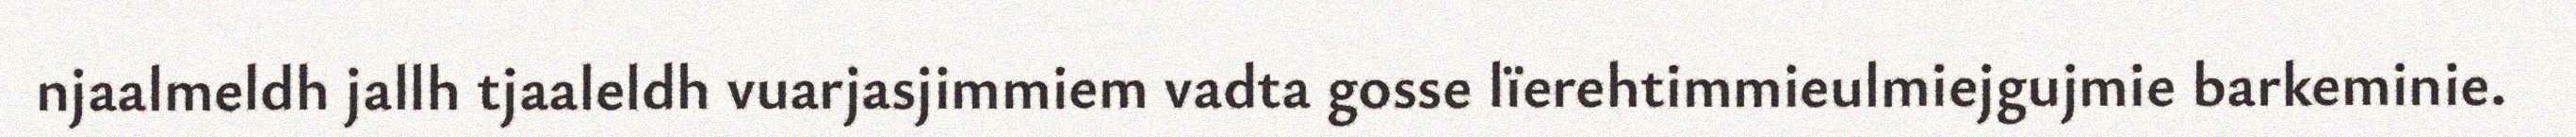
njaalmeldh jallh tjaaleldh vuarjasjimmiem vadta gosse lïerehtimmieulmiejgujmie barkeminie.